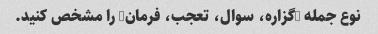
نوع جمله (گزاره، سوال، تعجب، فرمان) را مشخص کنید.